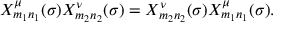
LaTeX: \begin{array} { l c r } { { X _ { m _ { 1 } n _ { 1 } } ^ { \mu } ( \sigma ) X _ { m _ { 2 } n _ { 2 } } ^ { \nu } ( \sigma ) = X _ { m _ { 2 } n _ { 2 } } ^ { \nu } ( \sigma ) X _ { m _ { 1 } n _ { 1 } } ^ { \mu } ( \sigma ) . } } \end{array}